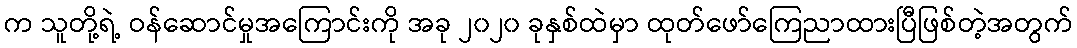
က သူတို့ရဲ့ ဝန်ဆောင်မှုအကြောင်းကို အခု ၂၀၂၀ ခုနှစ်ထဲမှာ ထုတ်ဖော်ကြေညာထားပြီဖြစ်တဲ့အတွက်